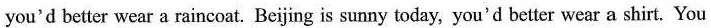
you'd better wear a raincoat. Beijing is sunny today, you'd better wear a shirt. You